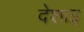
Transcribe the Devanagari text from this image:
देशाइ